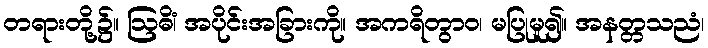
တရားတို့၌။ ဩဓိံ၊ အပိုင်းအခြားကို။ အကရိတွာဝ၊ မပြုမူ၍။ အနတ္တသညံ၊